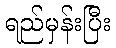
ရည်မှန်းပြီး